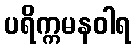
ပရိက္ကမနဝါရ